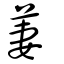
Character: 萋